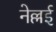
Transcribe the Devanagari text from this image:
नेल्लई